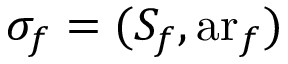
\sigma _ { f } = ( S _ { f } , \operatorname { a r } _ { f } )